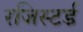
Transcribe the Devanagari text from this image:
रजिस्‍टर्ड